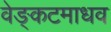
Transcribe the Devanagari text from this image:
वेङ्कटमाधव